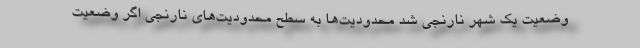
وضعیت یک شهر نارنجی شد محدودیت‌ها به سطح محدودیت‌های نارنجی اگر وضعیت